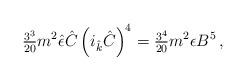
LaTeX: \begin{align*}{\textstyle\frac{3^{3}}{20}}m^{2}\hat{\epsilon}\hat{C}\left(i_{\hat{k}}\hat{C}\right)^{4} ={\textstyle\frac{3^{4}}{20}} m^{2}\epsilon B^{5}\, ,\end{align*}